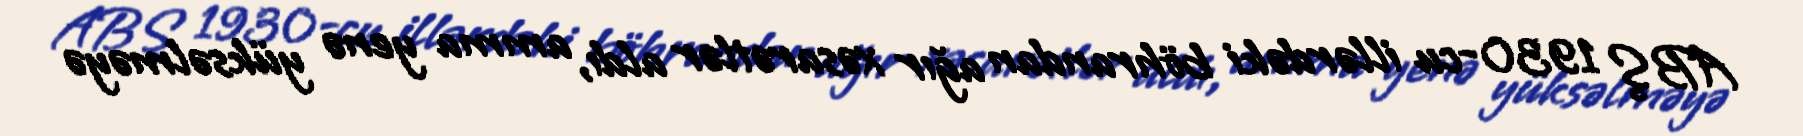
ABŞ 1930-cu illərdəki böhrandan ağır xəsarətlər aldı, amma yenə yüksəlməyə